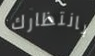
بانتظارك